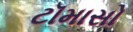
ટૉમાસો